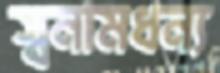
স্বনামধন্য